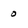
Character: 0